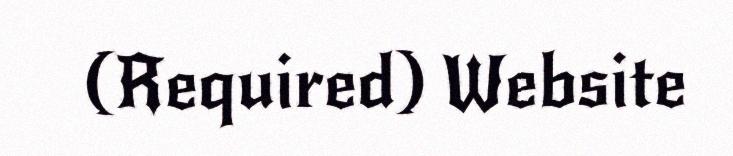
(Required) Website